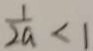
\frac { 1 } { 2 a } < 1